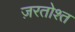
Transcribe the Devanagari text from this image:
ज़रतोश्त